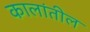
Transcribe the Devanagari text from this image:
कालांतील